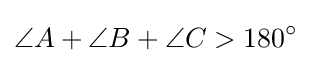
\angle A+\angle B+\angle C>180^{\circ }